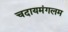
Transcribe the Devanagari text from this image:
चदायमंगलम